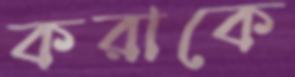
করাকে